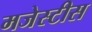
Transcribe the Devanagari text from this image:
मजेस्टीस